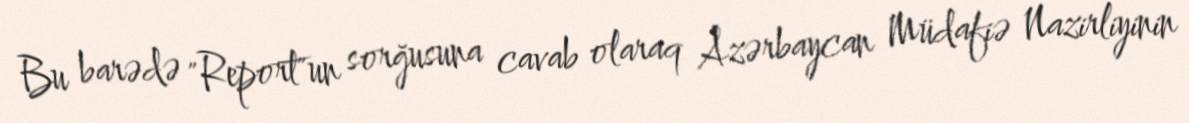
Bu barədə "Report"un sorğusuna cavab olaraq Azərbaycan Müdafiə Nazirliyinin